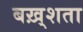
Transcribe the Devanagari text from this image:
बख़्शता